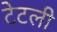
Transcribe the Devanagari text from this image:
टेटली